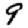
Digit: 9